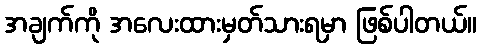
အချက်ကို အလေးထားမှတ်သားရမှာ ဖြစ်ပါတယ်။